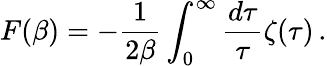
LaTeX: {}F(\beta)=-{\frac{1}{2\beta}}\int_{0}^{\infty}{\frac{d\tau}{\tau}}\zeta(\tau)\, .